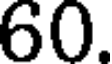
60.